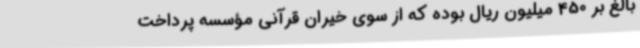
بالغ‌ بر 450 میلیون ریال بوده که از سوی خیران قرآنی مؤسسه پرداخت‌